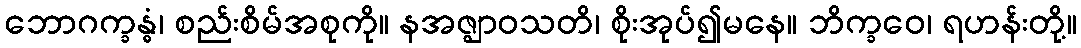
ဘောဂက္ခန္ဓံ၊ စည်းစိမ်အစုကို။ နအဇ္ဈာဝသတိ၊ စိုးအုပ်၍မနေ။ ဘိက္ခဝေ၊ ရဟန်းတို့။